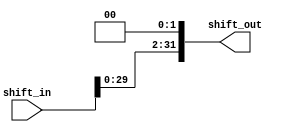
`timescale 1ns / 1ps
//////////////////////////////////////////////////////////////////////////////////
// Company: 
// Engineer: 
// 
// Design Name: 
// Module Name:    shift_left 
// Project Name: 
// Target Devices: 
// Tool versions: 
// Description: 
//
// Dependencies: 
//
// Revision: 
// Revision 0.01 - File Created
// Additional Comments: 
//
//////////////////////////////////////////////////////////////////////////////////
module shift_left
	#(
		parameter B=32
	)
	(
    	input [B-1:0] shift_in,
		output [B-1:0] shift_out
    );
	
	assign shift_out = (shift_in << 2);

endmodule